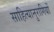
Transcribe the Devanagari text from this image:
साहित्यानुरागियों